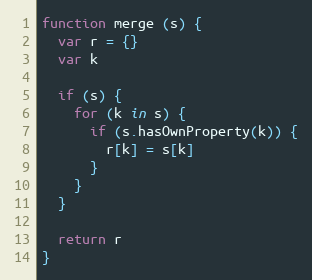
Language: JavaScript
function merge (s) {
  var r = {}
  var k

  if (s) {
    for (k in s) {
      if (s.hasOwnProperty(k)) {
        r[k] = s[k]
      }
    }
  }

  return r
}